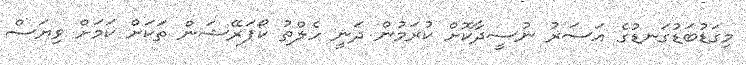
މިގަޑުބަޑުގަނޑުގެ އަސަރު ނުސީދާކޮށް ކުރަމުން ދަނީ ހެލްތު ކޯޕަރޭޝަން ތަކަށް ކަމަށް ވިޔަސް